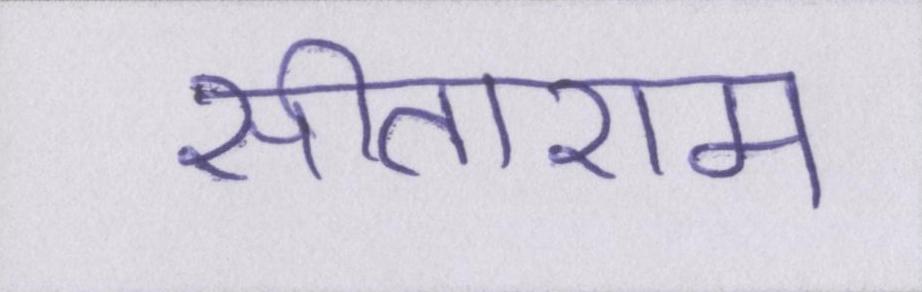
सीताराम